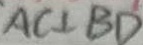
A C \bot B D